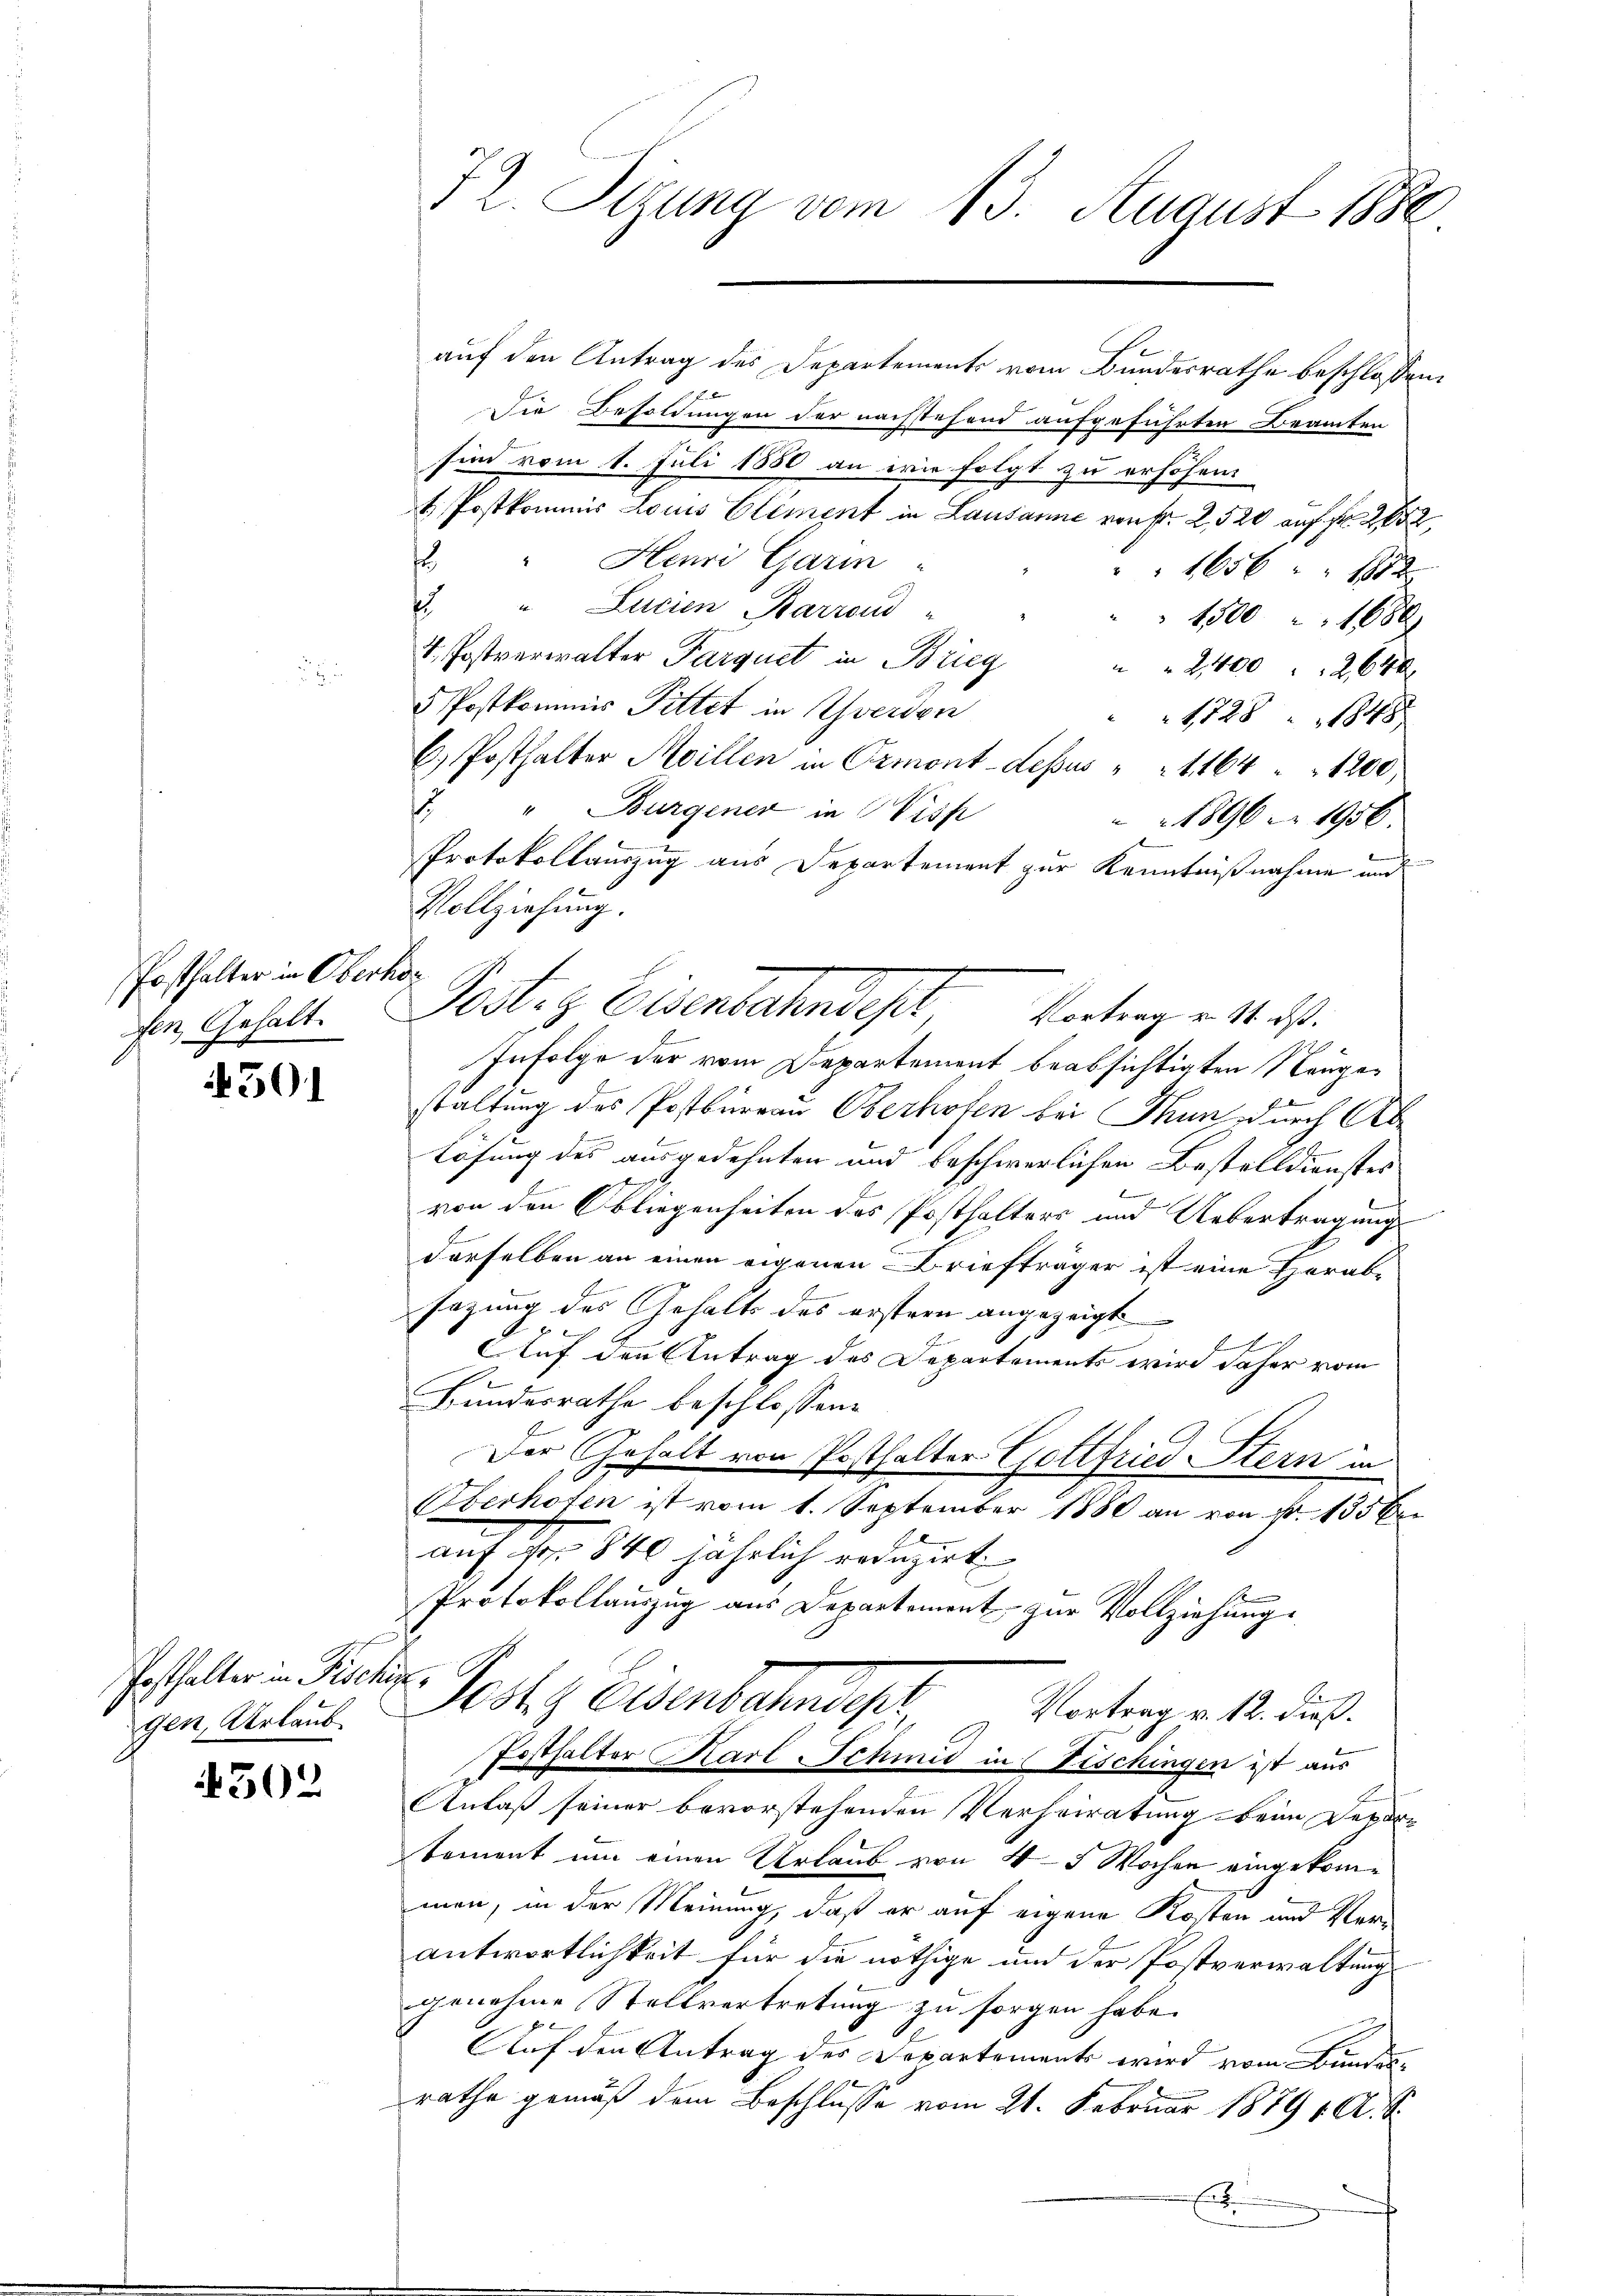
Posthalter in Oberho
fen, Gehalt.

4501

Posthalter in Fischul
gen, Urlaub.

4502

72. Sitzung vom 13. August 1880

auf den Antrag des Departements vom Bundesrathe beschlossen:
Die Besoldungen der nachstehend aufgeführten Beamten
sind vom 1. Juli 1850 an wie folgt zu erhöhen.
t. Postkommis Louis Element in Lausanne von Fr. 2, 520 auf Fr. 252,
2. " Henri Garm
1656 " " 15 x
3. " Lucien Barrond
1500 1680
4. Postverwalter Parquet in Brieg
2,40026
5 Postkommis Pittet in Yverden
1728 " 1848
6. Posthalter Meillen in Ormont-dessus " " 1164 " 1200
7. " Burgener in Wiss
1896 1956
Protokollauszug aus Departement zur Kenntnißnahme und
Vollziehung.
Infolge der vom Departement beabsichtigten Neugestaltung des Postbureau Oberhofen bei Thun durch Ab
Lösung des ausgedehnten und beschwerlichen Bestelldienstes
0
von den Obliegenheiten des Posthalters und Uebertragungs
derselben an einen eigenen Briefträger ist eine Herabsezung des Gehalts des erstern angezeigt
x
fet
Auf der Antrag des Departements wird daher vom
Bundesrathe beschlossen:
Der Gehalt von Posthalter Gottfried Stern in
Oberhofen ist vom 1. September 1880 an von Fr. 133 b
auf Nr. 840 jährlich reduzirt
Protokollauszug aus Departement zur Vollziehung.
Jeste Eisenbahnges Vertrage k. ds.
Posthalter Karl Schmid in Fischingen ist aus
Anlaß seiner bevorstehenden Verheiratung beim Devor-
tement um einen Urlaub von 4-5 Wochen eingekommen, in der Meinung, daß er auf eigene Kosten und Verantwortlichkeit für die nöthige und der Postverwaltung
genehme Stellvertretung zu sorgen habe.
f
Auf den Antrag des Departements wird vom Bundesrathe gemäß dem Beschlusse vom 21. Februar 18791. A. S.
.

Posten Eisenbahndept, Vortrag e 1 ist.